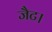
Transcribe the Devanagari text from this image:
जैट।